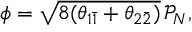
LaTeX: \phi = \sqrt { 8 ( \theta _ { 1 \bar { 1 } } + \theta _ { 2 \bar { 2 } } ) } \, \mathcal { P } _ { N } ,